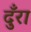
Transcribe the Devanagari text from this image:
दुँरा